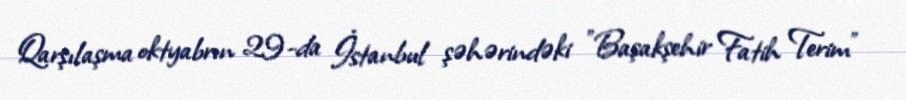
Qarşılaşma oktyabrın 29-da İstanbul şəhərindəki "Başakşehir Fatih Terim"